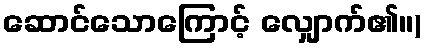
ဆောင်သောကြောင့် လျှောက်၏။)